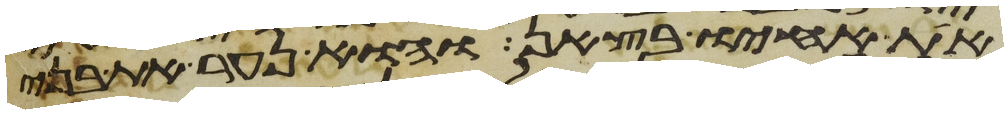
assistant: את אחיו בצאן והוא נער את בני